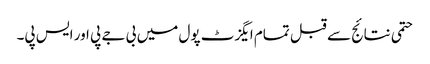
حتمی نتائج سے قبل تمام ایگزٹ پول میں بی جے پی اور ایس پی۔